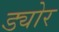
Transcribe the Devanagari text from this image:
ड्योर